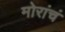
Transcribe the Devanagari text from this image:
मोरांचं